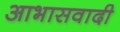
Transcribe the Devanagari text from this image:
आभासवादी